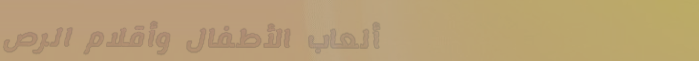
ألعاب الأطفال وأقلام الرص